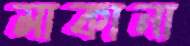
মাকানা